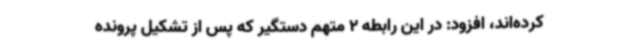
کرده‌اند، افزود: در این رابطه 2 متهم دستگیر که پس از تشکیل پرونده